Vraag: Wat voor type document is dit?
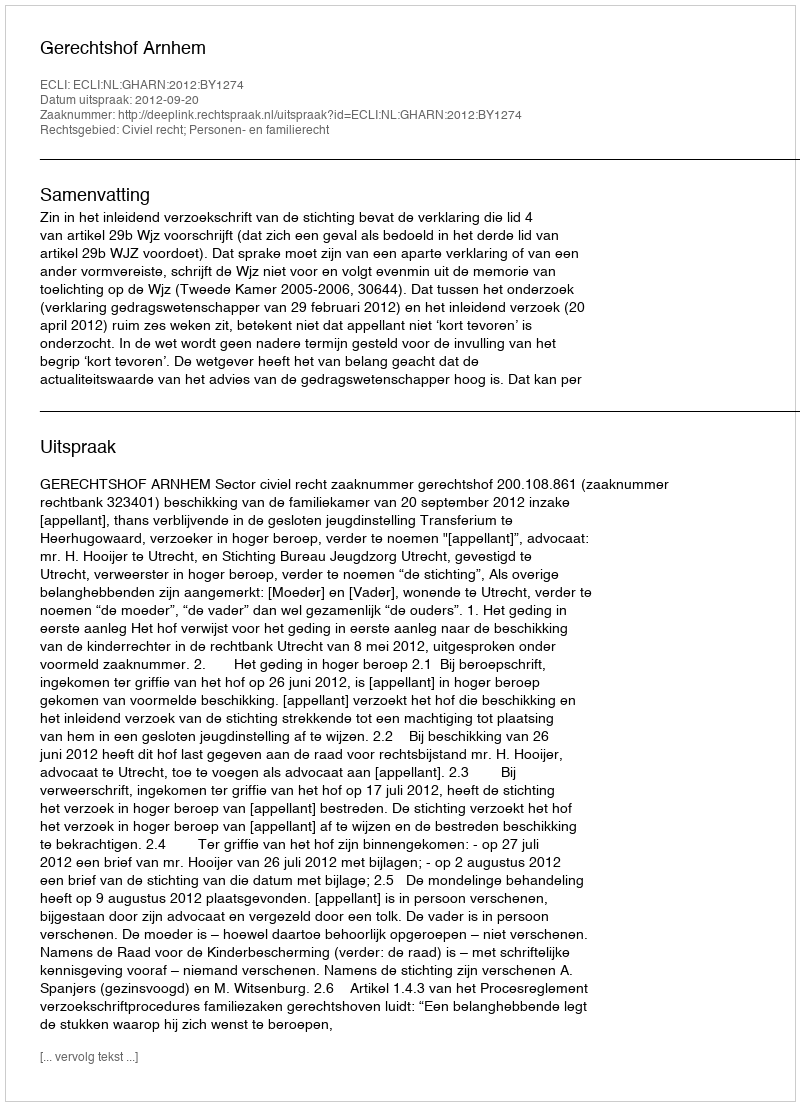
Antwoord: Uitspraak